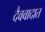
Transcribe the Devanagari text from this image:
दैववादात